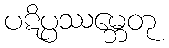
ပဋိပ္ပဿမ္ဘေတု